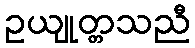
ဥယျုတ္တသညီ